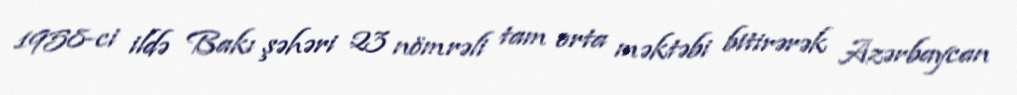
1958-ci ildə Bakı şəhəri 23 nömrəli tam orta məktəbi bitirərək Azərbaycan